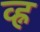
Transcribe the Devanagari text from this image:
व्ह्न